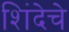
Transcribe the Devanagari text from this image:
शिंदेचे